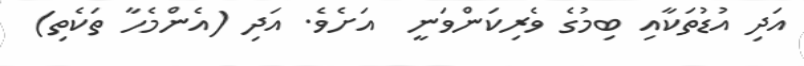
އަދި އުޑުތަކާއި ބިމުގެ ވެރިކަންވަނީ  އަށެވެ. އަދި (އެންމެހާ ތަކެތި)